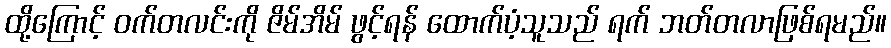
ထို့ကြောင့် ဝက်တလင်းကို ဇိမ်အိမ် ဖွင့်ရန် ထောက်ပံ့သူသည် ရက် ဘတ်တလာဖြစ်ရမည်။